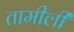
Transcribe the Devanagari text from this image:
तामीली